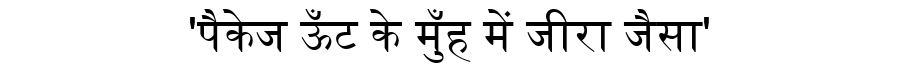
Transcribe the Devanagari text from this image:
'पैकेज ऊँट के मुँह में जीरा जैसा'